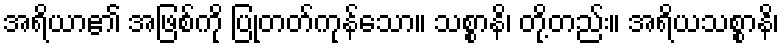
အရိယာ၏ အဖြစ်ကို ပြုတတ်ကုန်သော။ သစ္စာနိ၊ တို့တည်း။ အရိယသစ္စာနိ၊